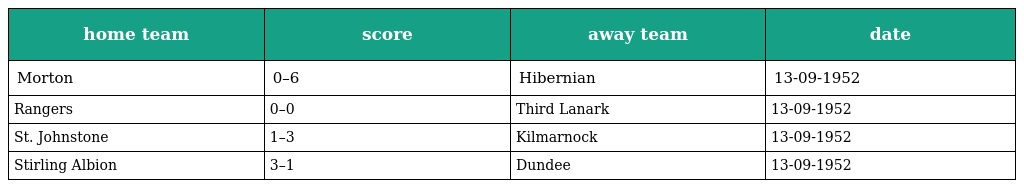
| home team | score | away team | date |
 | --- | --- | --- | --- |
 | Morton | 0–6 | Hibernian | 13-09-1952 |
 | Rangers | 0–0 | Third Lanark | 13-09-1952 |
 | St. Johnstone | 1–3 | Kilmarnock | 13-09-1952 |
 | Stirling Albion | 3–1 | Dundee | 13-09-1952 |